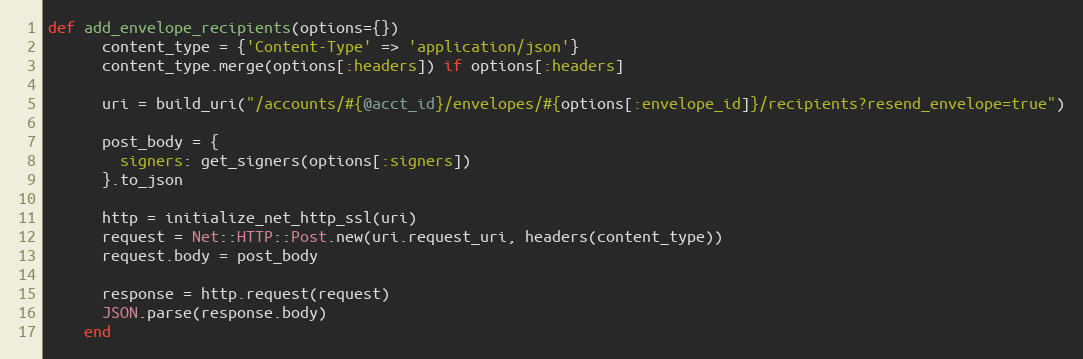
Language: Ruby
def add_envelope_recipients(options={})
      content_type = {'Content-Type' => 'application/json'}
      content_type.merge(options[:headers]) if options[:headers]

      uri = build_uri("/accounts/#{@acct_id}/envelopes/#{options[:envelope_id]}/recipients?resend_envelope=true")

      post_body = {
        signers: get_signers(options[:signers])
      }.to_json

      http = initialize_net_http_ssl(uri)
      request = Net::HTTP::Post.new(uri.request_uri, headers(content_type))
      request.body = post_body

      response = http.request(request)
      JSON.parse(response.body)
    end